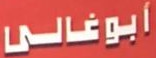
أبوغالى